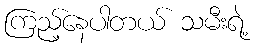
ကြည့်နေပါတယ် သမီးရဲ့